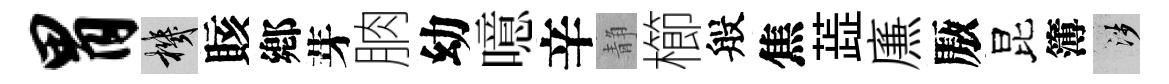
胃機賅鄕芽朒幼噫辛静櫛般焦蕋㢘厫昆簿涉